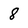
Character: 8